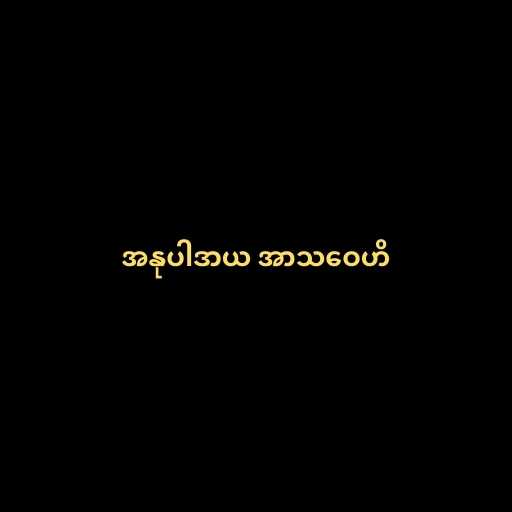
အနုပါဒာယ အာသဝေဟိ